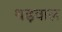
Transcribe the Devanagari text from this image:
थड़वाल